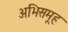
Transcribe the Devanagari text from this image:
अभिसमूह